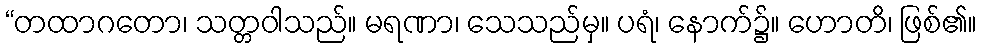
“တထာဂတော၊ သတ္တဝါသည်။ မရဏာ၊ သေသည်မှ။ ပရံ၊ နောက်၌။ ဟောတိ၊ ဖြစ်၏။